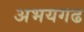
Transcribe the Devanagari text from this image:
अभयगढ